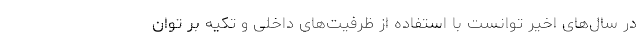
در سال‌های اخیر توانست با استفاده از ظرفیت‌های داخلی و تکیه بر توان